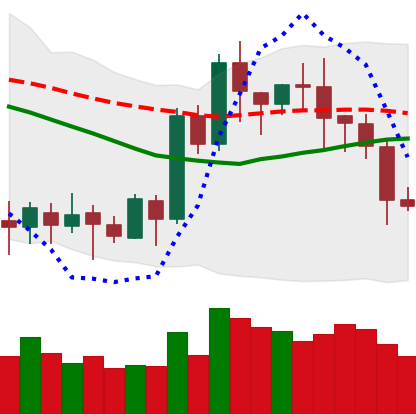
Ticker: LTC-USD
Chart end date: 2020-07-17
Forward return: 7.213%
Label: up_7plus